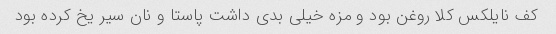
کف نایلکس کلا روغن بود و مزه خیلی بدی داشت پاستا و نان سیر یخ کرده بود